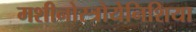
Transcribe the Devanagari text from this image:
मशीनोस्त्रोयेनिशिया